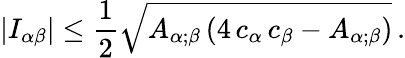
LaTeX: |I_{\alpha\beta}|\leq\frac{1}{2}\sqrt{A_{\alpha;\beta}\left(4\, c_{\alpha}\, c_{\beta}-A_{\alpha;\beta}\right)}\, .